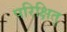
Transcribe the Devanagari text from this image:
परिक्षित्